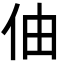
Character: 伷